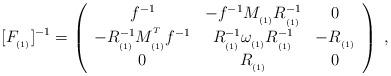
LaTeX: \begin{align*}\lbrack F_{_{(1)}}]^{-1}=\left(\begin{array}{ccc}f^{-1} & -f^{-1}M_{_{(1)}}R_{_{(1)}}^{-1} & 0 \\-R_{_{(1)}}^{-1}M_{_{(1)}}^{^T}f^{-1} & R_{_{(1)}}^{-1}\omega_{_{(1)}}R_{_{(1)}}^{-1} & -R_{_{(1)}} \\0 & R_{_{(1)}} & 0\end{array}\right) \;,\end{align*}